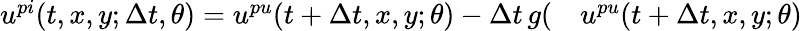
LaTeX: \begin{array}{rl}{u^{pi}(t,x,y;\Delta t,\theta)=u^{pu}(t+\Delta t,x,y;\theta)-\Delta t\, g(}&{{}u^{pu}(t+\Delta t,x,y;\theta)}\end{array}